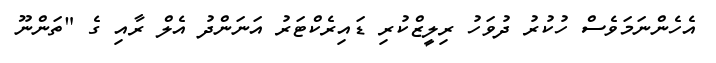
އެހެންނަމަވެސް ހުކުރު ދުވަހު ރިލީޒްކުރި ޑައިރެކްޓަރު އަނަންދު އެލް ރާއި ގެ "ތަންނޫ